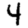
Digit: 4